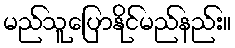
မည်သူပြောနိုင်မည်နည်း။